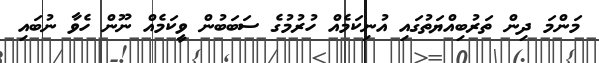
މަންމަ ދިން ތަރުބިއްޔަތުގައި އުނިކަމެއް ހުރުމުގެ ސަބަބުން ވީކަމެއް ނޫން ހެވާ ނުބައި